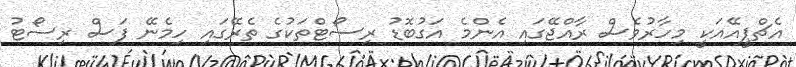
އެޗްޕީއޭއަކީ މިހާރުވެސް ރާއްޖޭގައި އެންމެ އަގުބޮޑު ރިސޯޓްތަކުގެ ތެރޭގައި ހިމެނޭ ފަސް ރިސޯޓު